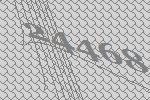
24468